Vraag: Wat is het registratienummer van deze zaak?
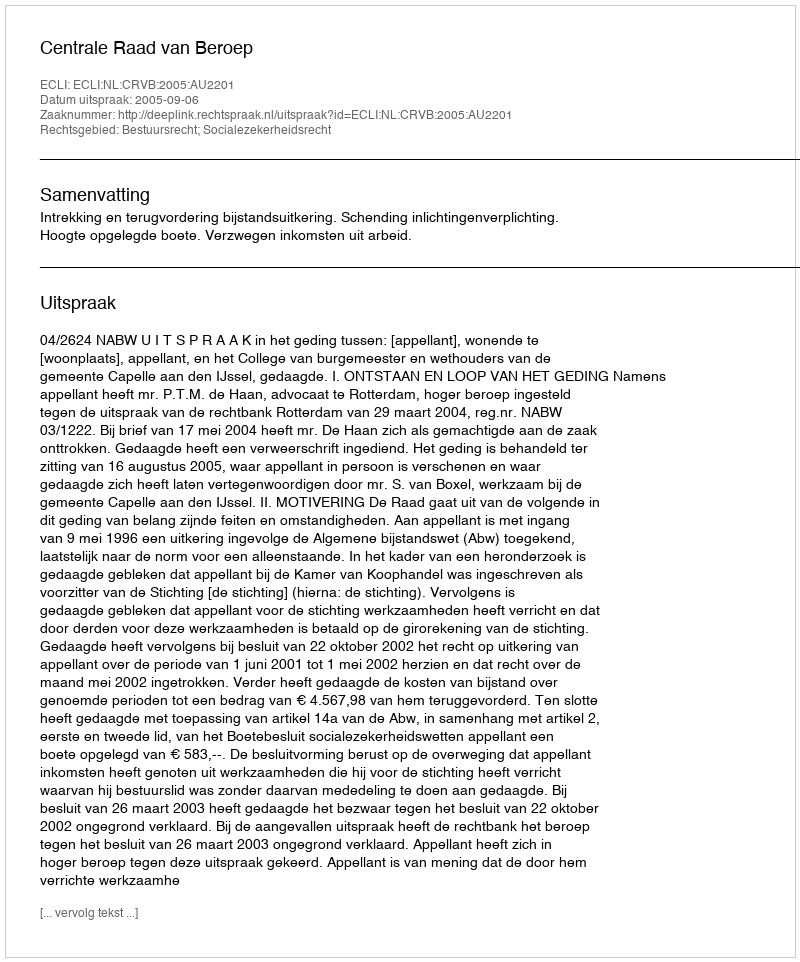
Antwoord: http://deeplink.rechtspraak.nl/uitspraak?id=ECLI:NL:CRVB:2005:AU2201